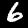
Label: 6